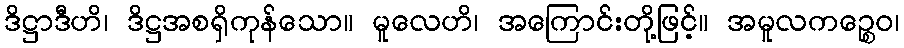
ဒိဋ္ဌာဒီဟိ၊ ဒိဋ္ဌအစရှိကုန်သော။ မူလေဟိ၊ အကြောင်းတို့ဖြင့်။ အမူလကဉ္စေဝ၊